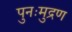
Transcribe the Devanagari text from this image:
पुनःमुद्रण